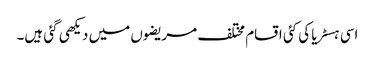
اسی ہسٹریا کی کئی اقسام مختلف مریضوں میں دیکھی گئی ہیں۔